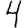
Digit: 4